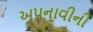
અપનાવીની